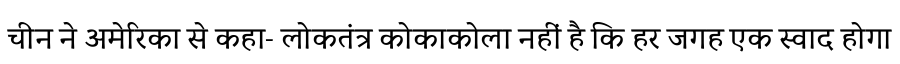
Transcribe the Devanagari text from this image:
चीन ने अमेरिका से कहा- लोकतंत्र कोकाकोला नहीं है कि हर जगह एक स्वाद होगा